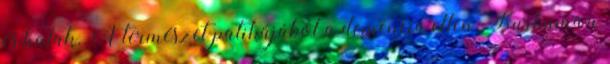
és halak. A természet patikájából a demencia ellen. Kurkuma;a